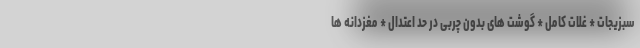
سبزیجات * غلات کامل * گوشت های بدون چربی در حد اعتدال * مغزدانه ها